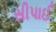
સીપાઈ